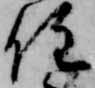
住